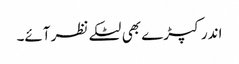
اندر کپڑے بھی لٹکے نظر آئے۔